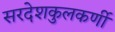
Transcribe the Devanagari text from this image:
सरदेशकुलकर्णी